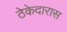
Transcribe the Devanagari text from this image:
ठेकेदारास